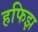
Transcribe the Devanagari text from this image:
हफिझ